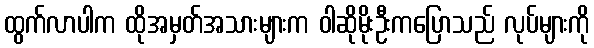
ထွက်လာပါက ထိုအမှတ်အသားများက ဝါဆိုမိုးဦးကပြောသည် လုပ်များကို